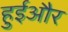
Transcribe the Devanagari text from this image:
हुईऔर